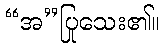
“အ”ပြုသေး၏။